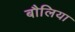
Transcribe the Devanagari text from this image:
बौलिया